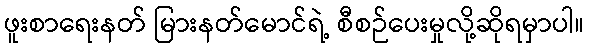
ဖူးစာရေးနတ် မြားနတ်မောင်ရဲ့ စီစဉ်ပေးမှုလို့ဆိုရမှာပါ။